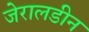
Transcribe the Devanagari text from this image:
जेरालडीन